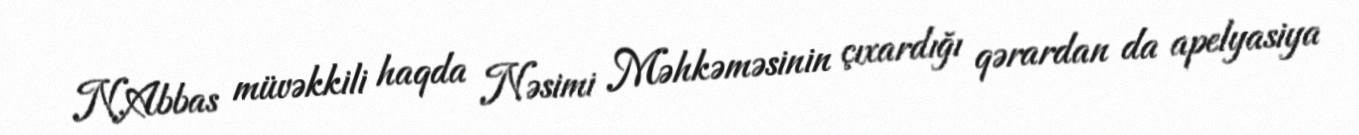
N.Abbas müvəkkili haqda Nəsimi Məhkəməsinin çıxardığı qərardan da apelyasiya